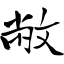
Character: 敝